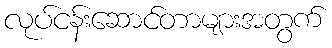
လုပ်ငန်းဆောင်တာများအတွက်